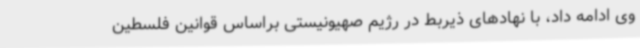
وی ادامه داد، با نهادهای ذیربط در رژیم صهیونیستی براساس قوانین فلسطین